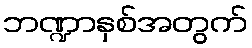
ဘဏ္ဍာနှစ်အတွက်